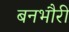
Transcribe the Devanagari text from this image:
बनभौरी